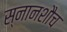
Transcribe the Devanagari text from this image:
स्नानशौच